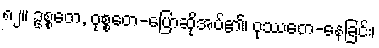
၈၂။ ဥစ္စတေ, ဝုစ္စတေ-ပြောဆိုအပ်၏၊ ဝုဿတေ-နေခြင်း၊